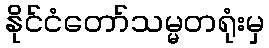
နိုင်ငံတော်သမ္မတရုံးမှ